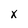
Character: x